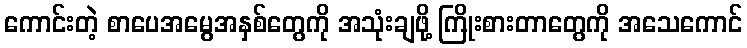
ကောင်းတဲ့ စာပေအမွေအနှစ်တွေကို အသုံးချဖို့ ကြိုးစားတာတွေကို အသေကောင်